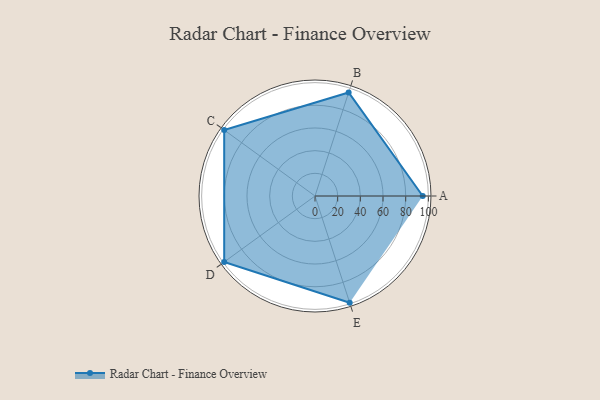
{"axis": {"x": "Skill", "y": "Score"}, "legend": ["Profile"], "data": [{"x": "A", "y": 95.0, "type": "Profile"}, {"x": "B", "y": 96.0, "type": "Profile"}, {"x": "C", "y": 99, "type": "Profile"}, {"x": "D", "y": 99, "type": "Profile"}, {"x": "E", "y": 99, "type": "Profile"}]}